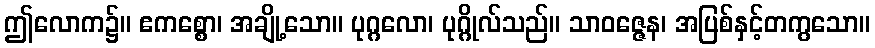
ဤလောက၌။ ဧကစ္စော၊ အချို့သော။ ပုဂ္ဂလော၊ ပုဂ္ဂိုလ်သည်။ သာဝဇ္ဇေန၊ အပြစ်နှင့်တကွသော။